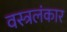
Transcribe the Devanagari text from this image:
वस्त्रलंकार